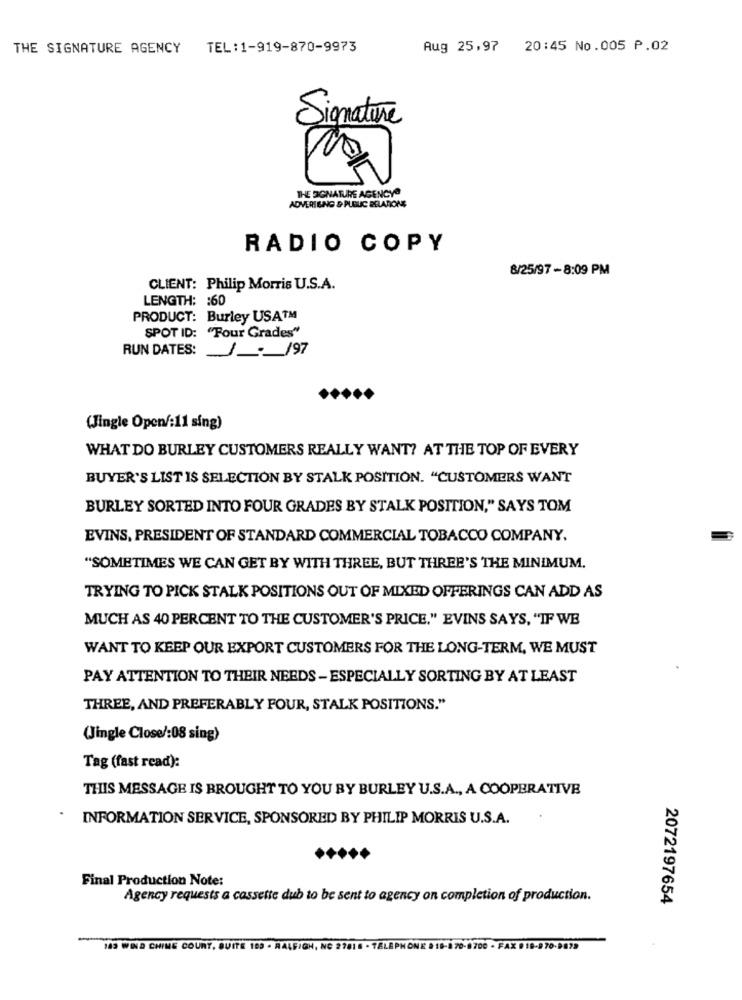
THE SIGNATURE AGENCY
TEL:1-919-870-9973
Aug 25,97 20:45 No.005 P.02
Signature
THE SIGNATURE AGENCYª
ADVERISING & PLOUC RELATIONS
RADIO COPY
8/25/97 -8:09 PM
CLIENT: Philip Morris U.S.A.
LENGTH: : 60
PRODUCT: Burley USATM
SPOT ID: "Four Grades"
RUN DATES:
1- /97
(Jingle Open/:11 sing)
WHAT DO BURLEY CUSTOMERS REALLY WANT? AT THE TOP OF EVERY
BUYER'S LIST IS SELECTION BY STALK POSITION. "CUSTOMERS WANT
BURLEY SORTED INTO FOUR GRADES BY STALK POSITION," SAYS TOM
EVINS, PRESIDENT OF STANDARD COMMERCIAL TOBACCO COMPANY.
"SOMETIMES WE CAN GET BY WITH THREE, BUT THREE'S THE MINIMUM.
TRYING TO PICK STALK POSITIONS OUT OF MIXED OFFERINGS CAN ADD AS
MUCH AS 40 PERCENT TO THE CUSTOMER'S PRICE." EVINS SAYS, "IF WE
WANT TO KEEP OUR EXPORT CUSTOMERS FOR THE LONG-TERM, WE MUST
PAY ATTENTION TO THEIR NEEDS - ESPECIALLY SORTING BY AT LEAST
THREE, AND PREFERABLY FOUR, STALK POSITIONS."
(Jingle Close/:08 sing)
Tag (fast read):
THIS MESSAGE IS BROUGHT TO YOU BY BURLEY U.S.A ., A COOPERATIVE
INFORMATION SERVICE, SPONSORED BY PHILIP MORRIS U.S.A.
Final Production Note:
Agency requests a cassette dub to be sent to agency on completion of production.
2072197654
183 WIND CHINE COURT, QUITE 109 · RALEIGH, NC 27816 · TELEPHONE # 18-8 70-8700 - FAX 0 18-270-9872